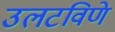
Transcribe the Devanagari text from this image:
उलटविणे